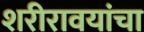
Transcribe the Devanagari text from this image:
शरीरावयांचा